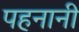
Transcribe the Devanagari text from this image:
पहनानी